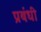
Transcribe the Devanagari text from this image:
प्रबंधी